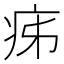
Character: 㾅